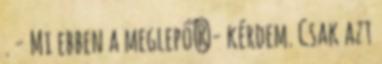
. - Mi ebben a meglepő?- kérdem. Csak azt